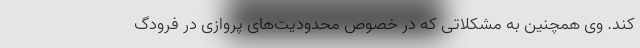
کند. ‌وی همچنین به مشکلاتی که در خصوص محدودیت‌های پروازی در فرودگ